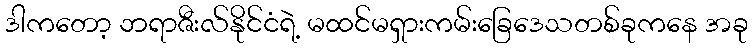
ဒါကတော့ ဘရာဇီးလ်နိုင်ငံရဲ့ မထင်မရှားကမ်းခြေဒေသတစ်ခုကနေ အခု